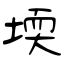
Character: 堧